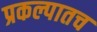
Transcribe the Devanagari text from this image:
प्रकल्पातच